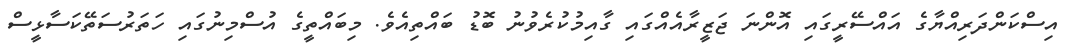
އިސްކަންދަރިއްޔާގެ އައްސޭރީގައި އޮންނަ ޖަޒީރާއެއްގައި ގާއިމުކުރެވުނު ބޮޑު ބައްތިއެވެ. މިބައްތީގެ އުސްމިނުގައި ހަތަރުސަތޭކަސާޅީސް